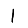
Digit: 1